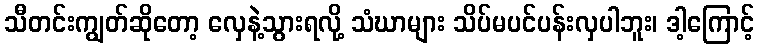
သီတင်းကျွတ်ဆိုတော့ လှေနဲ့သွားရလို့ သံဃာများ သိပ်မပင်ပန်းလှပါဘူး၊ ဒါ့ကြောင့်